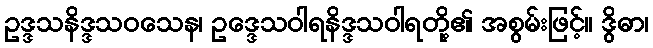
ဥဒ္ဒသနိဒ္ဒသဝသေန၊ ဥဒ္ဒေသဝါရနိဒ္ဒသဝါရတို့၏ အစွမ်းဖြင့်။ ဒွိဓာ၊